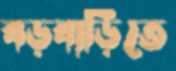
বড়বাড়িতে